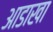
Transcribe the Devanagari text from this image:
आडाखा